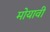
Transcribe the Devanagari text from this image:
मोयावी